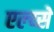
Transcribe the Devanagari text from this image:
एल्य्से